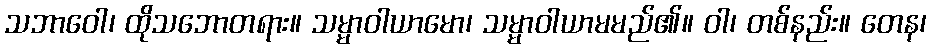
သဘာဝေါ၊ ထိုသဘောတရား။ သမ္မာဝါယာမော၊ သမ္မာဝါယာမမည်၏။ ဝါ၊ တစ်နည်း။ တေန၊